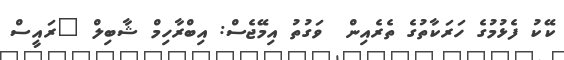
ކޭކު ފެޅުމުގެ ހަރަކާތުގެ ތެރެއިން  ވަގުތު އިމޭޖެސް: އިބްރާހިމް ޝާބިލް "ރައީސް